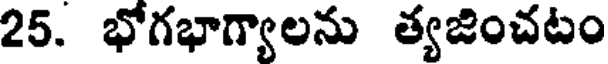
25. భోగభాగ్యాలను త్యజించటం